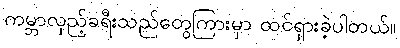
ကမ္ဘာလှည့်ခရီးသည်တွေကြားမှာ ထင်ရှားခဲ့ပါတယ်။